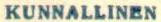
KUNNALLINEN